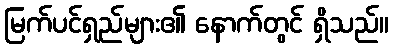
မြက်ပင်ရှည်များ၏ နောက်တွင် ရှိသည်။